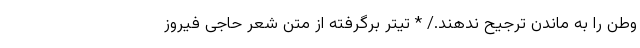
وطن را به ماندن ترجیح ندهند./ * تیتر برگرفته از متن شعر حاجی فیروز